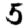
Digit: 5